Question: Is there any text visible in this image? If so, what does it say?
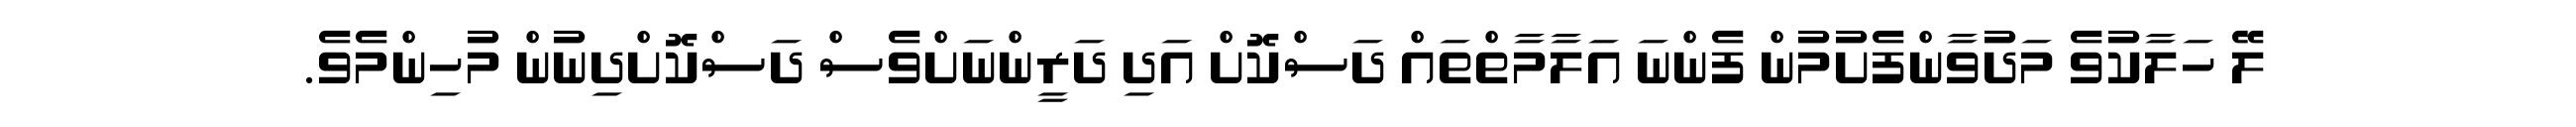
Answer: ލޭ ހަލާކުވެ މަދުވާންފެށުމުން ފެންނަ އަލާމާތްތައް ދަސްކޮށް އަދި ދަރީންނަށްވެސް ދަސްކޮށްދިނުން މުހިންމެވެ.